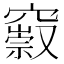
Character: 𥨢